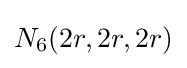
N_{6}(2r,2r,2r)